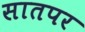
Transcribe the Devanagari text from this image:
सातपर